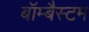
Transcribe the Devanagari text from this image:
बॉम्बैस्टम